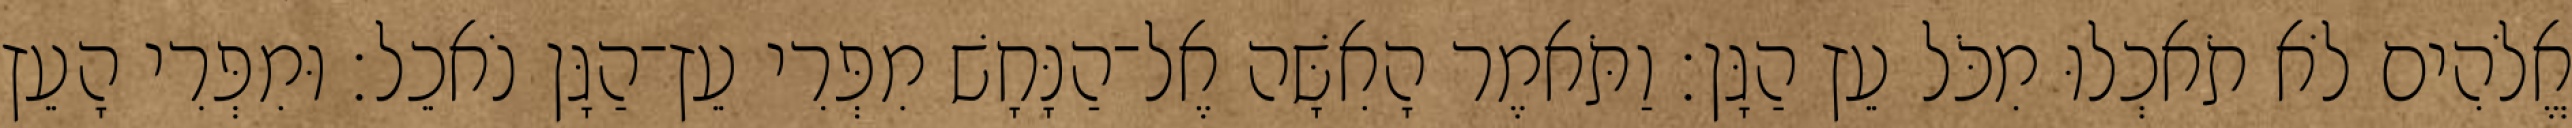
אֱלֹהִים לֹא תֹאכְלוּ מִכֹּל עֵץ הַגָּן׃ וַתֹּאמֶר הָאִשָּׁה אֶל־הַנָּחָשׁ מִפְּרִי עֵץ־הַגָּן נֹאכֵל׃ וּמִפְּרִי הָעֵץ